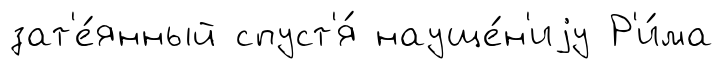
зат'е́янный спуст'я́ науще́н'иjу Р'и́ма